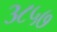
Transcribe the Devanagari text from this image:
३८५७